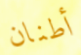
أطنان